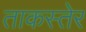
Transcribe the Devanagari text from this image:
ताकस्तेर